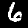
Digit: 6